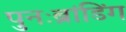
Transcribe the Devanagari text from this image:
पुनःब्रांडिंग